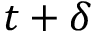
t + \delta